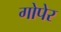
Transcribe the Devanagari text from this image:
गोपेर